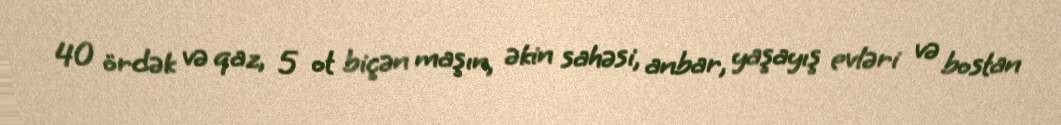
40 ördək və qaz, 5 ot biçən maşın, əkin sahəsi, anbar, yaşayış evləri və bostan